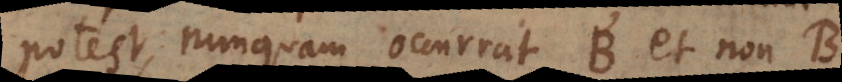
potest, nunquam occurrat B et non‐B